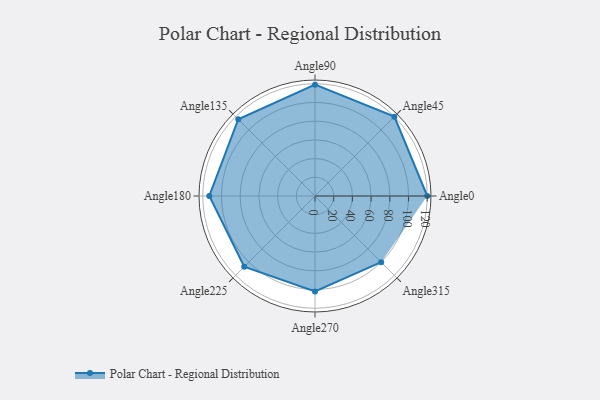
{"axis": {"x": "Angle", "y": "Radius"}, "legend": [""], "data": [{"x": "Angle0", "y": 120.0, "type": ""}, {"x": "Angle45", "y": 120.0, "type": ""}, {"x": "Angle90", "y": 119.0, "type": ""}, {"x": "Angle135", "y": 116.0, "type": ""}, {"x": "Angle180", "y": 113.0, "type": ""}, {"x": "Angle225", "y": 107.0, "type": ""}, {"x": "Angle270", "y": 102.0, "type": ""}, {"x": "Angle315", "y": 100.0, "type": ""}]}